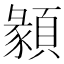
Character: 𩔂